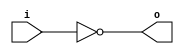
module invert (input wire i, output wire o);
   assign o = !i;
endmodule

module mux2 (input wire i0, i1, j, output wire o);
  assign o = (j==0)?i0:i1;
endmodule

module df (input wire clk, in, output wire out);
  reg df_out;
  always@(posedge clk) df_out <= in;
  assign out = df_out;
endmodule

module dfr (input wire clk, reset, in, output wire out);
  wire reset_, df_in;
  invert invert_0 (reset, reset_);
  and2 and2_0 (in, reset_, df_in);
  df df_0 (clk, df_in, out);
endmodule

module dfrl (input wire clk, reset, load, in, output wire out);
  wire _in;
  mux2 mux2_0(out, in, load, _in);
  dfr dfr_1(clk, reset, _in, out);
endmodule

module and2 (input wire i0, i1, output wire o);
  assign o = i0 & i1;
endmodule

module and3 (input wire i0, i1, i2, output wire o);
   wire t;
   and2 and2_0 (i0, i1, t);
   and2 and2_1 (i2, t, o);
endmodule

module xor2 (input wire i0, i1, output wire o);
  assign o = i0 ^ i1;
endmodule

module even_sequence_generator(input wire clk ,reset , output wire [0:3] o);
    wire [0:2] i;
    wire [0:10] t; 
    dfrl dfrl_0(clk,reset,1'b1,i[0],o[0]);
    dfrl dfrl_1(clk,reset,1'b1,i[1],o[1]);
    dfrl dfrl_2(clk,reset,1'b1,i[2],o[2]);
    and3 and_0(!o[0],o[1],o[2],i[0]);
    xor2 xor_0(o[1],o[2],i[1]);
    and2 and_2(!o[0],!o[2],i[2]);
    assign o[3]=1'b0;
endmodule